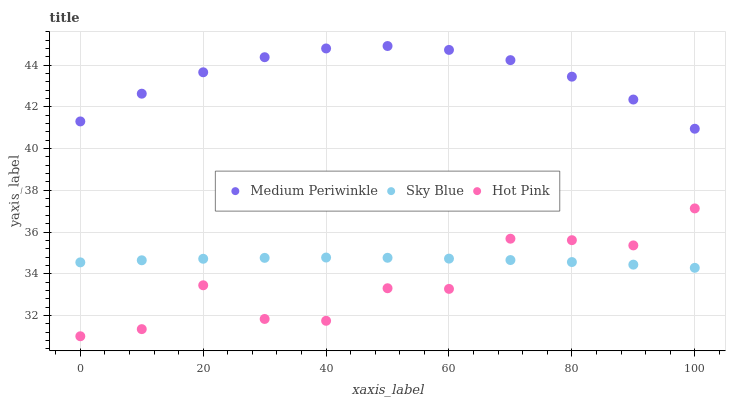
| xaxis_label | Medium Periwinkle | Sky Blue | Hot Pink |
 | --- | --- | --- | --- |
 | 0 | 41.3 | 34.5 | 31 |
 | 10 | 42.6 | 34.6 | 31.3 |
 | 20 | 43.7 | 34.7 | 33.4 |
 | 30 | 44.4 | 34.8 | 31.8 |
 | 40 | 44.8 | 34.8 | 31.7 |
 | 50 | 44.9 | 34.8 | 33.3 |
 | 60 | 44.7 | 34.7 | 33.3 |
 | 70 | 44.2 | 34.7 | 35.7 |
 | 80 | 43.5 | 34.6 | 35.6 |
 | 90 | 42.4 | 34.4 | 35.4 |
 | 100 | 41 | 34.3 | 37.1 |